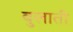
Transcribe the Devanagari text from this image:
बुलातीं